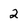
Character: 2